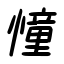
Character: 憧